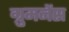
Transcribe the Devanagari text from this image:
ग्रुमनेंस